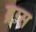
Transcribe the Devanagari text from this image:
ड्रग्‍स